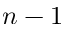
n - 1